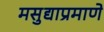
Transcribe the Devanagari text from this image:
मसुद्याप्रमाणे